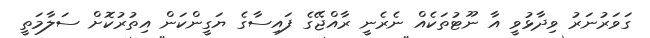
ގަވަރުނަރު ވިދާޅުވީ އާ ނޫޓުތަކެއް ނެރެނީ ރާއްޖޭގެ ފައިސާގެ ޔަގީންކަން އިތުރުކޮށް ސަލާމަތީ